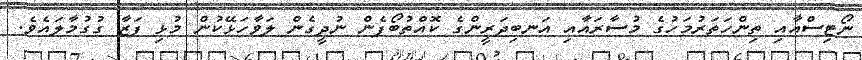
ނޯޓިސްއާއި ތިންހަތަރުމަހުގެ މުސާރައާއި އަނބިދަރީންގެ ކޮއްތުބޯފެން ނުދީގެން ލަވާހަޅޭކުން މުޅި ފަޒާ ގުގުމާލައެވެ.